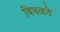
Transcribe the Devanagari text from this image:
विघळते